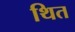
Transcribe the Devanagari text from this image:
थित